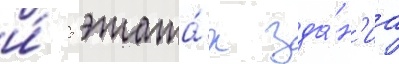
и́ 5 этажа́х зда́н'иа